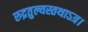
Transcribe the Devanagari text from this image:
रुद्रतुल्यस्तथाऽत्र।